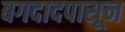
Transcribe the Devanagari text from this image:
बगदादपासून